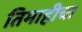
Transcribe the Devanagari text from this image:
तिमाहीचा